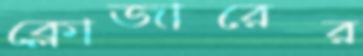
ক্লোজারের